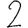
Digit: 2